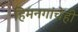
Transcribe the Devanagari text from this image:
हिमनगांचेही